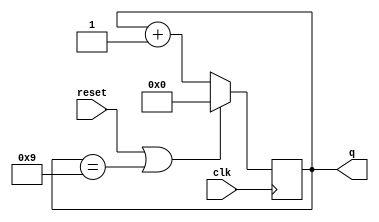
module top_module (
    input clk,
    input reset,        // Synchronous active-high reset
    output [3:0] q
);

    always @(posedge clk ) begin
        if (reset | q == 4'b1001) begin
            q <= 4'b0000;
        end    
        else begin
            q <= q + 1'b1;
        end
    end
endmodule